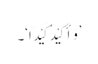
’وَأَکِیْدُ کَیْدًا‘۔